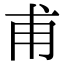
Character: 甫